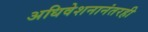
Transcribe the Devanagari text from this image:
अधिवेशनानंतरही